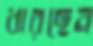
ধারছেন